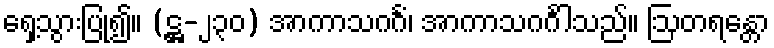
ရှေ့သွားပြု၍။ (ဋ္ဌ-၂၃၀) အာကာသဂင်္ဂံ၊ အာကာသဂင်္ဂါသည်။ ဩတရန္တော